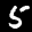
Label: 5